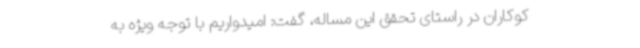
کوکاران در راستای تحقق این مساله، گفت: امیدواریم با توجه ویژه به